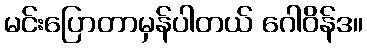
မင်းပြောတာမှန်ပါတယ် ဂေါဝိန်ဒ။